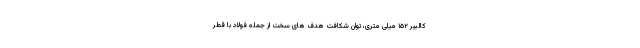
کالیبر ۱۵۲ میلی متری، توان شکافت هدف های سخت از جمله فولاد با قطر